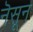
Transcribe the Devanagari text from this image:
नॆसून